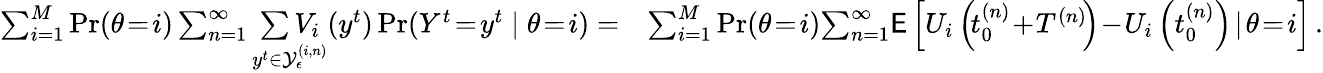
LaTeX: \begin{array}{rl}{\sum_{i=1}^{M}\operatorname*{Pr}(\theta\! =\! i)\sum_{n=1}^{\infty}\underset{y^{t}\in\mathcal{Y}_{\epsilon}^{(i,n)}}{\sum V_{i}}(y^{t})\operatorname*{Pr}(Y^{t}\! =\! y^{t}\mid\theta\! =\! i)=}&{\sum_{i=1}^{M}\operatorname*{Pr}(\theta\! =\! i)\! \sum_{n=1}^{\infty}\! \mathsf{E}\left[U_{i}\left(\! t_{0}^{(n)}\! +\! T^{(n)}\! \right)\! -\! U_{i}\left(t_{0}^{(n)}\right)\! \mid\! \theta\! =\! i\right]\, .}\end{array}